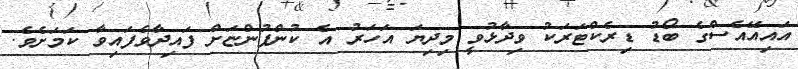
އައިއޭއެސްގެ ބޯޑު ޑިރެކްޓަރަކު ވިދާޅުވީ މިދިޔަ އަހަރު އެ ކުންފުންޏަށް ފައިދާވެފައިވާ ކަމަށެވެ.